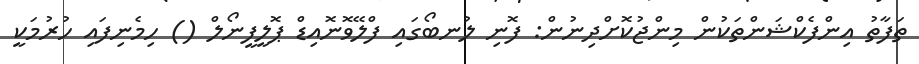
ތަފާތު އިންފެކްޝަންތަކުން މިންޖުކޮށްދިނުން: ފޮނި ލުނބޯގައި ފްލޭވޮނޮއިޑް ޕޮލީފީނޯލް () ހިމެނިފައި ހުރުމަކީ